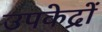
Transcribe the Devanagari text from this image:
उपकेद्रों